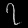
Digit: ၇